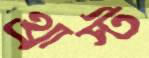
থ্রাস্ট